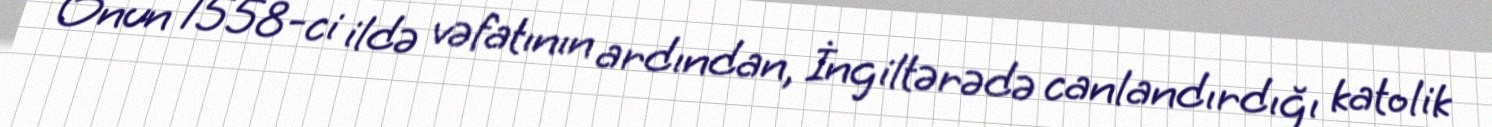
Onun 1558-ci ildə vəfatının ardından, İngiltərədə canlandırdığı katolik